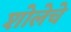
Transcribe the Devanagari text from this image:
शोलेचे